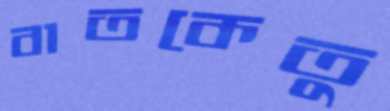
বাতকেতু